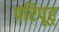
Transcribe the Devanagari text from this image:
परिपूर्